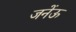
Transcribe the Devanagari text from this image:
जनेंऊ